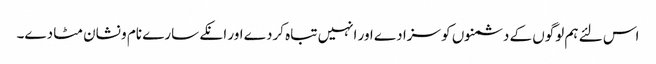
اس لئے ہم لوگوں کے دشمنوں کو سزا دے اور انہیں تباہ کردے اور انکے سارے نام و نشان مٹا دے۔